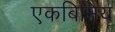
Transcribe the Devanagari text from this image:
एकबिमिय